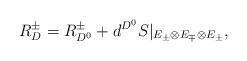
LaTeX: \begin{align*} R_{D}^\pm = R_{D^0}^\pm + d^{D^0}S|_{E_\pm \otimes E_{\mp}\otimes E_\pm},\end{align*}